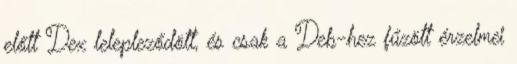
előtt Dex lelepleződött, és csak a Deb-hez fűzött érzelmei